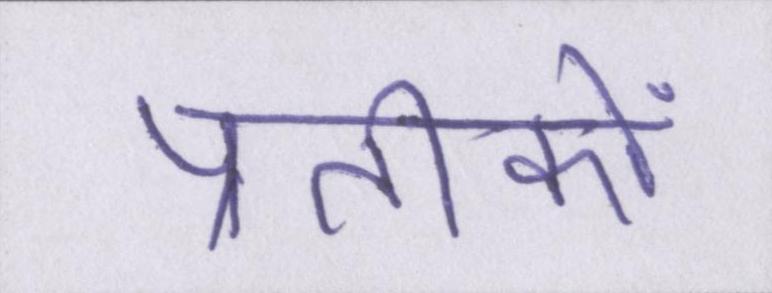
प्रतीकों